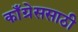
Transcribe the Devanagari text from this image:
काँग्रेससाठी